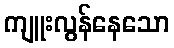
ကျူးလွန်နေသော